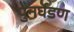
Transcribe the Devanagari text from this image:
पुनर्घडण